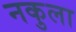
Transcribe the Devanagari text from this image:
नकुला